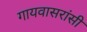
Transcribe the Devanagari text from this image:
गायवासरांसी